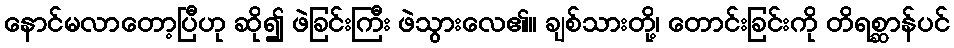
နောင်မလာတော့ပြီဟု ဆို၍ ဖဲခြင်းကြီး ဖဲသွားလေ၏။ ချစ်သားတို့၊ တောင်းခြင်းကို တိရစ္ဆာန်ပင်